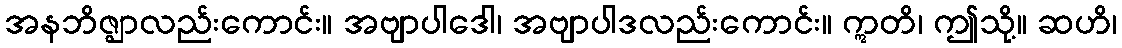
အနဘိဇ္ဈာလည်းကောင်း။ အဗျာပါဒေါ၊ အဗျာပါဒလည်းကောင်း။ ဣတိ၊ ဤသို့။ ဆဟိ၊